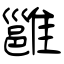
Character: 雝